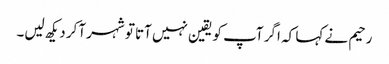
رحیم نے کہا کہ اگر آپ کو یقین نہیں آتا تو شہر آکر دیکھ لیں۔